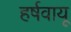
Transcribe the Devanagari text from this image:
हर्षवायू